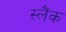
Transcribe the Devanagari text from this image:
स्लैंक